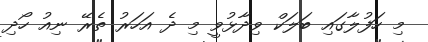
މި ހަފުލާގައި ބަލަކް ވިދާޅުވީ މި ދެ އަހަރު ތެރޭ ނިއު ހޯދި